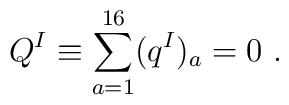
Q^I \equiv \sum_{a=1}^{16} (q^I)_a =0 \ .